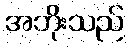
အဘိုးသည်